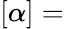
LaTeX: [\alpha]=